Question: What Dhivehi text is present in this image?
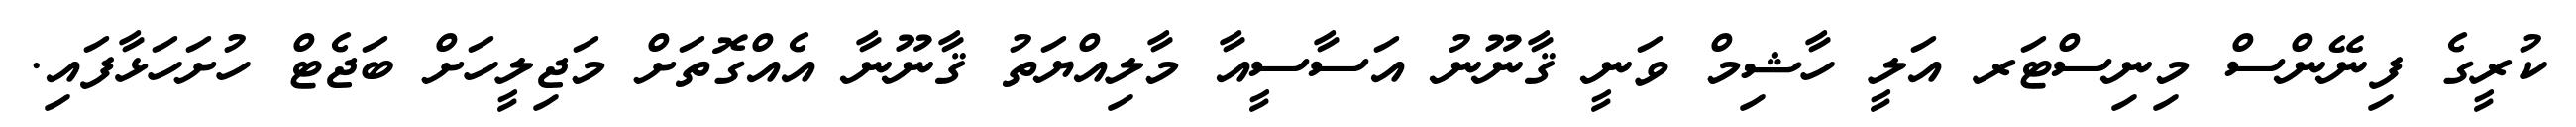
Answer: ކުރީގެ ފިނޭންސް މިނިސްޓަރ އަލީ ހާޝިމް ވަނީ ޤާނޫނު އަސާސީއާ މާލިއްޔަތު ޤާނޫނާ އެއްގޮތަށް މަޖިލީހަށް ބަޖެޓް ހުށަހަޅާފައި.